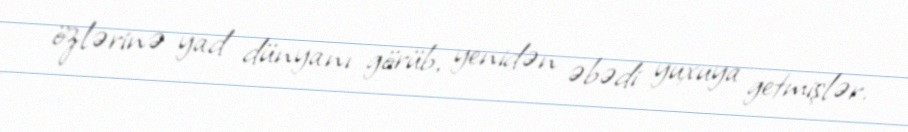
özlərinə yad dünyanı görüb, yenidən əbədi yuxuya getmişlər.